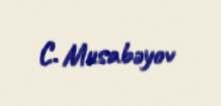
C. Musabəyov